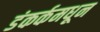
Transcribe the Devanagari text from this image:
डंकर्कमधून